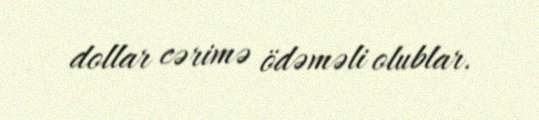
dollar cərimə ödəməli olublar.